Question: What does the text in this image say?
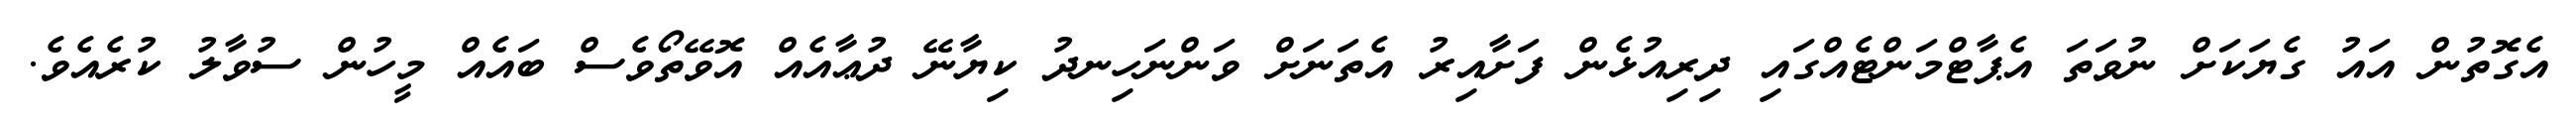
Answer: އެގޮތުން އައު ގެޔަކަށް ނުވަތަ އެޕާޓްމަންޓެއްގައި ދިރިއުޅެން ފަށާއިރު އެތަނަށް ވަންނަހިނދު ކިޔާނޭ ދުޢާއެއް އޮވޭތޯވެސް ބައެއް މީހުން ސުވާލު ކުރެއެވެ.